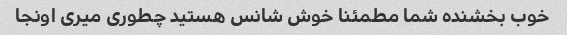
خوب بخشنده شما مطمئنا خوش شانس هستید چطوری میری اونجا